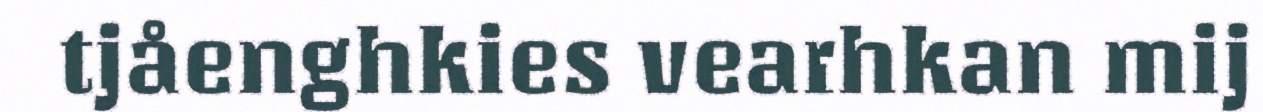
tjåenghkies vearhkan mij